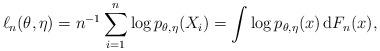
LaTeX: \begin{align*}\ell_n(\theta,\eta)=n^{-1}\sum_{i=1}^n\log p_{\theta,\eta}(X_i) =\int \log p_{\theta,\eta}(x) \,\mathrm{d}F_n(x),\end{align*}